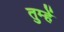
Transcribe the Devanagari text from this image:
तुम्हेें